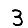
Digit: 3